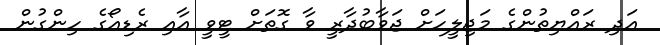
އަދި ރައްޔިތުންގެ މަޖިލީހަށް ޖަވާބުދާރީ ވާ ގޮތަށް ޓީވީ އާއި ރެޑިއޯގެ ހިންގުން